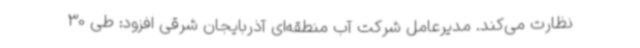
نظارت می‌کند. مدیرعامل شرکت آب منطقه‌ای آذربایجان شرقی افزود: طی 30